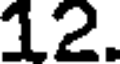
12.